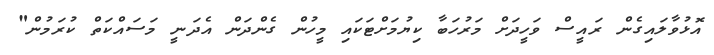
އޮޅުވާލައިގެން ރައީސް ވަހީދަށް މަރުހަބާ ކިޔުމަށްޓަކައި މީހުން ގެންދަން އެދަނީ މަސައްކަތް ކުރަމުން"